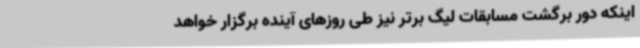
اینکه دور برگشت مسابقات لیگ برتر نیز طی روزهای آینده برگزار خواهد